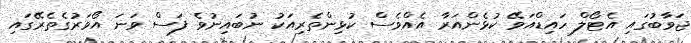
ޖަވާބުގައި އެޓޯލް ހައިޑްއަވޭ ކުޅެންއަރާ އެއްވެސް ކުޅިންތެރިއަކު ނުބައިނުވެ ފަސް ވަނަ އޯވަރުގެތެރޭގައި